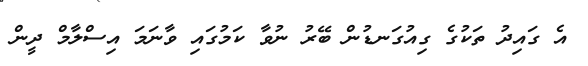
އެ ގައިދު ތަކުގެ ގިއުގަނޑުން ބޭރު ނުވާ ކަމުގައި ވާނަމަ އިސްލާމް ދީން